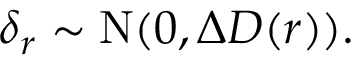
\delta _ { r } \sim \mathrm { N } ( 0 , \Delta D ( r ) ) .